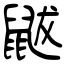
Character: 鼥